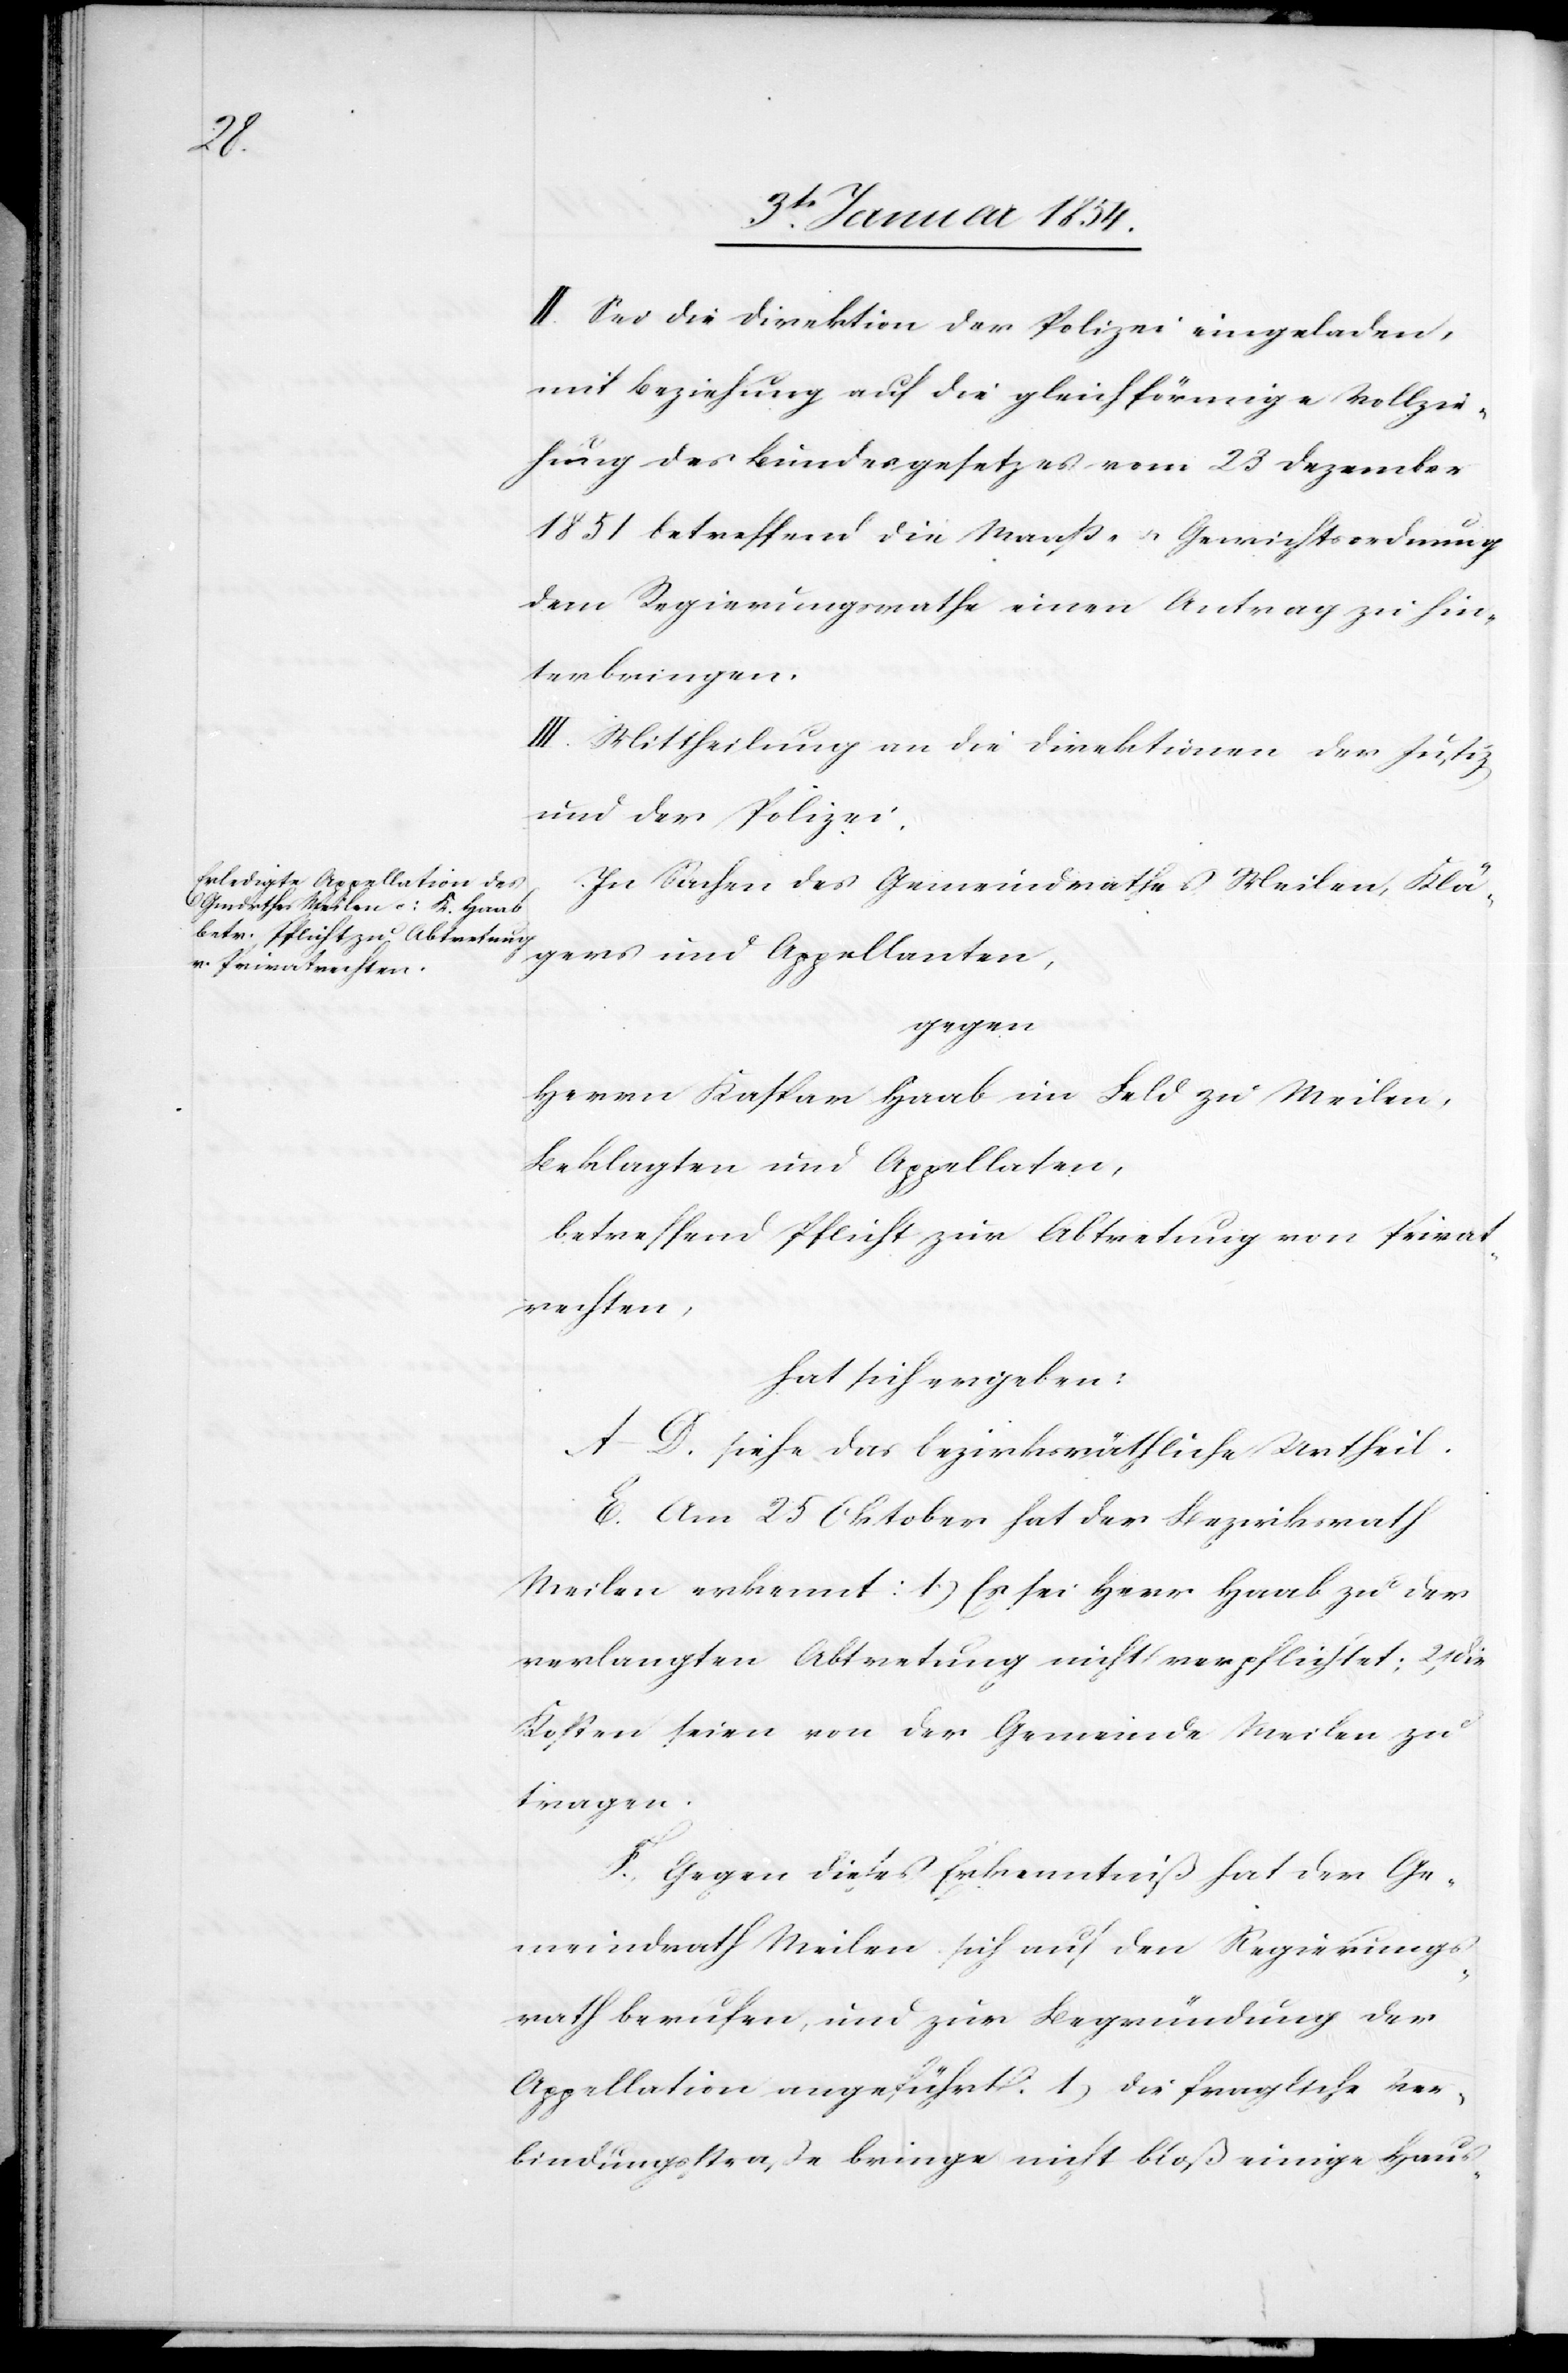
II. Sei die Direktion der Polizei eingeladen,
mit Beziehung auf die gleichförmige Vollzie¬
hung des Bundesgesetzes vom 23 Dezember
1851 betreffend die Maaß- u. Gewichtsordnung
dem Regierungsrathe einen Antrag zu hin¬
terbringen.
III. Mittheilung an die Direktionen der Justiz
und der Polizei.
In Sachen des Gemeindrathes Meilen, Klä¬
gers und Appellanten,
gegen,
Herrn Kaspar Haab im Feld zu Meilen,
Beklagten und Appellaten,
betreffend Pflicht zur Abtretung von Privat¬
rechten,
hat sich ergeben:
A–D. siehe das bezirksräthliche Urtheil.
E. Am 25 Oktober hat der Bezirksrath
Meilen erkennt: 1) Es sei Herr Haab zu der
verlangten Abtretung nicht verpflichtet; 2) Die
Kosten seien von der Gemeinde Meilen zu
tragen.
F. Gegen dieses Erkenntniß hat der Ge¬
meindrath Meilen sich auf den Regierungs¬
rath berufen, und zur Begründung der
Appellation angeführt: 1) Die fragliche Ver¬
bindungsstraße bringe nicht bloß einige Haus-